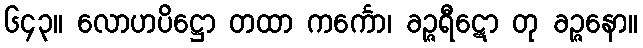
၆၄၃။ လောဟပိဋ္ဌော တထာ ကင်္ကော၊ ခဉ္ဇရီဋော တု ခဉ္ဇနော။